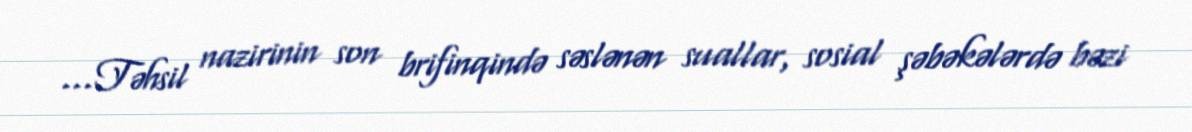
…Təhsil nazirinin son brifinqində səslənən suallar, sosial şəbəkələrdə bəzi